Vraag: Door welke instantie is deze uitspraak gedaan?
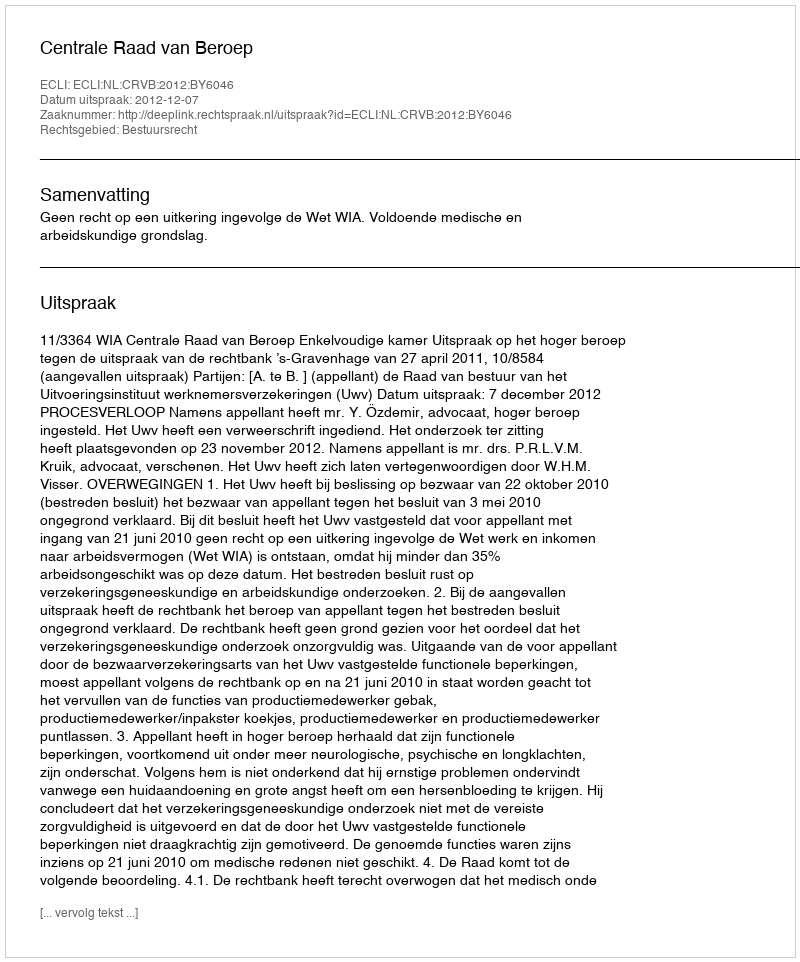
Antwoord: Centrale Raad van Beroep